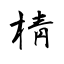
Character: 棈